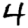
Digit: 4